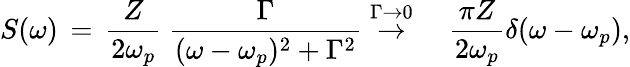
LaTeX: S(\omega)\, =\, \frac{Z}{2\omega_{p}}~\frac{\Gamma}{(\omega-\omega_{p})^{2}+\Gamma^{2}}\stackrel{\Gamma\rightarrow 0}{\rightarrow}\quad\frac{\pi Z}{2\omega_{p}}\delta(\omega-\omega_{p}),